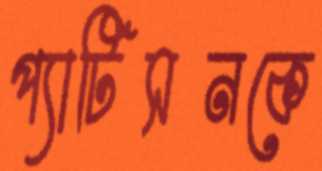
প্যাটিসনকে